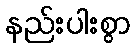
နည်းပါးစွာ